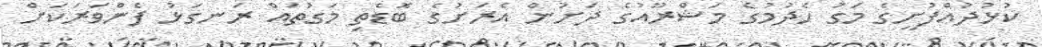
ކުޅުދުއްފުށީގެ މަގު ހެދުމުގެ މަޝްރޫއުގެ ދަށުން އެރަށުގެ ބޮޑެތި މަގުތައް ރަނގަޅު ފެންވަރަކަށް